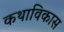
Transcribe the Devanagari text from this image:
कथाविकास